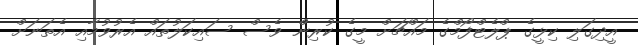
އީދިގަލި ކިޅީގެ ޕްލެޓްފޯމްގެ މައްޗަށް މީގެ ކުރިން ވެސް ސައިކަލުތައް އެރުވުމާއި އެތަނަށް